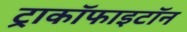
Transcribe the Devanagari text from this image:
ट्राकॉफाइटॉन